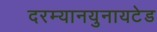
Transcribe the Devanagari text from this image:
दरम्यानयुनायटेड